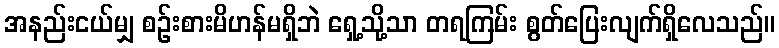
အနည်းငယ်မျှ စဉ်းစားမိဟန်မရှိဘဲ ရှေ့သို့သာ တရကြမ်း စွတ်ပြေးလျက်ရှိလေသည်။